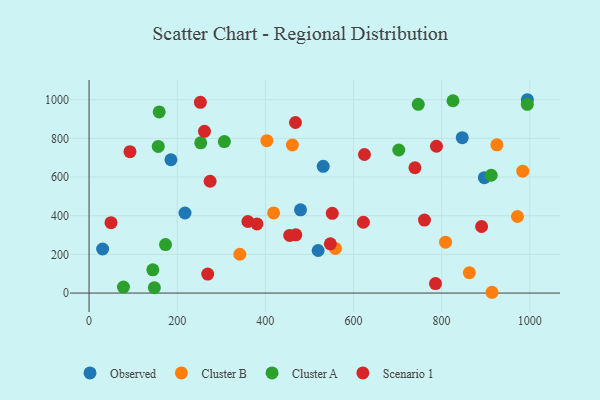
{"axis": {"x": "Price", "y": "Exam Score"}, "legend": ["Cluster A", "Cluster B", "Observed", "Scenario 1"], "data": [{"x": "185.8", "y": 689.6, "type": "Observed"}, {"x": "994.6", "y": 1000.0, "type": "Observed"}, {"x": "30.8", "y": 227.8, "type": "Observed"}, {"x": "897.0", "y": 596.6, "type": "Observed"}, {"x": "519.8", "y": 220.0, "type": "Observed"}, {"x": "531.3", "y": 655.7, "type": "Observed"}, {"x": "217.7", "y": 414.1, "type": "Observed"}, {"x": "479.8", "y": 430.5, "type": "Observed"}, {"x": "846.8", "y": 803.5, "type": "Observed"}, {"x": "559.0", "y": 231.0, "type": "Cluster B"}, {"x": "342.1", "y": 200.7, "type": "Cluster B"}, {"x": "863.0", "y": 105.3, "type": "Cluster B"}, {"x": "403.5", "y": 788.0, "type": "Cluster B"}, {"x": "984.1", "y": 630.6, "type": "Cluster B"}, {"x": "418.8", "y": 414.2, "type": "Cluster B"}, {"x": "914.3", "y": 4.0, "type": "Cluster B"}, {"x": "461.4", "y": 765.7, "type": "Cluster B"}, {"x": "925.4", "y": 766.7, "type": "Cluster B"}, {"x": "972.1", "y": 395.9, "type": "Cluster B"}, {"x": "808.9", "y": 263.0, "type": "Cluster B"}, {"x": "253.4", "y": 777.2, "type": "Cluster A"}, {"x": "157.0", "y": 758.6, "type": "Cluster A"}, {"x": "702.8", "y": 739.9, "type": "Cluster A"}, {"x": "825.8", "y": 994.8, "type": "Cluster A"}, {"x": "747.0", "y": 976.3, "type": "Cluster A"}, {"x": "148.2", "y": 27.9, "type": "Cluster A"}, {"x": "78.1", "y": 30.8, "type": "Cluster A"}, {"x": "144.7", "y": 120.3, "type": "Cluster A"}, {"x": "173.5", "y": 250.5, "type": "Cluster A"}, {"x": "994.4", "y": 976.4, "type": "Cluster A"}, {"x": "159.2", "y": 936.7, "type": "Cluster A"}, {"x": "307.0", "y": 783.4, "type": "Cluster A"}, {"x": "912.5", "y": 609.3, "type": "Cluster A"}, {"x": "468.4", "y": 882.2, "type": "Scenario 1"}, {"x": "455.3", "y": 298.0, "type": "Scenario 1"}, {"x": "761.1", "y": 377.3, "type": "Scenario 1"}, {"x": "786.1", "y": 48.8, "type": "Scenario 1"}, {"x": "261.9", "y": 836.6, "type": "Scenario 1"}, {"x": "92.8", "y": 731.2, "type": "Scenario 1"}, {"x": "622.5", "y": 366.2, "type": "Scenario 1"}, {"x": "547.5", "y": 254.5, "type": "Scenario 1"}, {"x": "788.3", "y": 759.4, "type": "Scenario 1"}, {"x": "269.2", "y": 98.3, "type": "Scenario 1"}, {"x": "890.7", "y": 344.3, "type": "Scenario 1"}, {"x": "252.6", "y": 986.7, "type": "Scenario 1"}, {"x": "49.8", "y": 364.1, "type": "Scenario 1"}, {"x": "274.7", "y": 578.4, "type": "Scenario 1"}, {"x": "469.2", "y": 301.2, "type": "Scenario 1"}, {"x": "739.5", "y": 648.1, "type": "Scenario 1"}, {"x": "624.9", "y": 716.6, "type": "Scenario 1"}, {"x": "551.9", "y": 412.3, "type": "Scenario 1"}, {"x": "360.4", "y": 370.1, "type": "Scenario 1"}, {"x": "381.0", "y": 357.6, "type": "Scenario 1"}]}